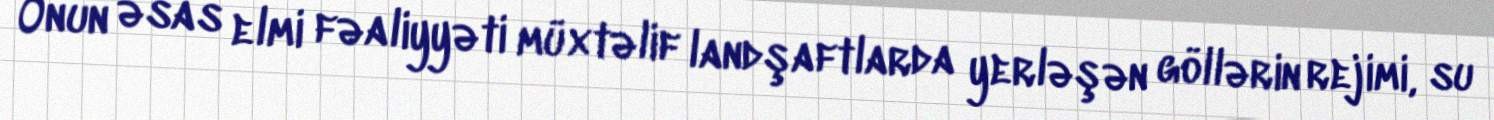
Onun əsas elmi fəaliyyəti müxtəlif landşaftlarda yerləşən göllərin rejimi, su